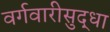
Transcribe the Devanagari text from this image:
वर्गवारीसुद्धा